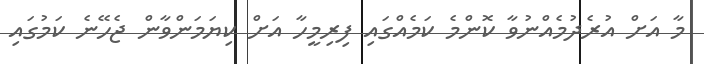
މާ އަށް އުރެދުމެއްނުވާ ކޮންމެ ކަމެއްގައި ފިރިމީހާ އަށް ކިޔަމަންވާން ޖެހޭނެ ކަމުގައި